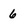
Character: 6